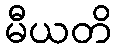
မီယတိ